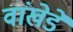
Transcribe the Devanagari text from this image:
वांखेडे